Insane asylums in Bengal annual reports 1876-1887 - 1876-1887
Year: 1876
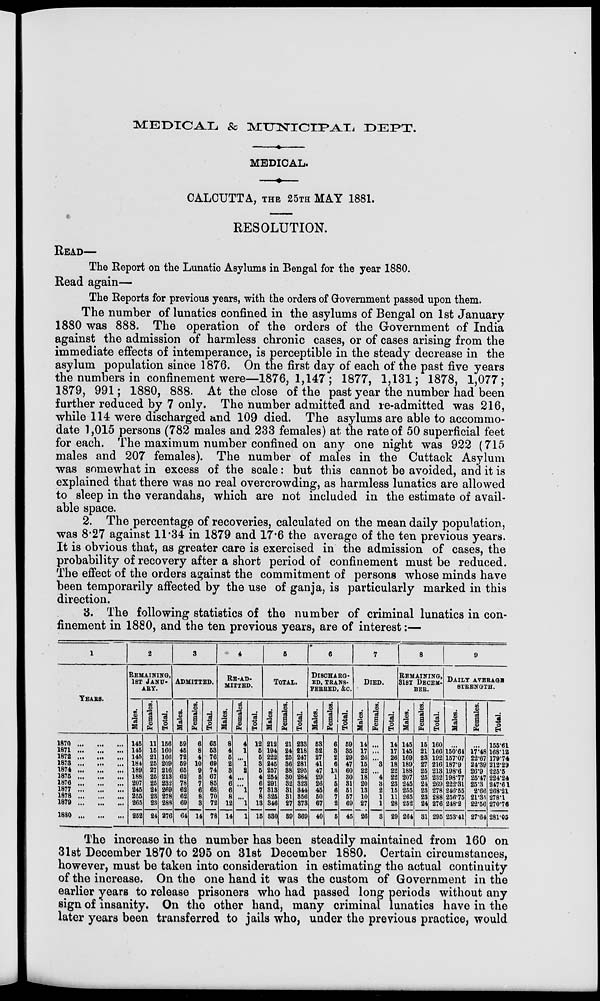
MEDICAL & MUNICIPAL
DEPT.
MEDICAL.
CALCUTTA, THE 25TH MAY 1881.
RESOLUTION.
READ—
The Report on the Lunatic Asylums in Bengal for the year 1880.
Read again—
The Reports for previous years, with the orders of Government passed upon them.
The number of lunatics confined in the asylums of Bengal on 1st January
1880 was 888. The operation of the orders of the Government of India
against the admission of harmless chronic cases, or of cases arising from the
immediate effects of intemperance, is perceptible in the steady decrease in the
asylum population since 1876. On the first day of each of the past five years
the numbers in confinement were—1876, 1,147; 1877, 1,131; 1878, 1,077;
1879, 991; 1880, 888. At the close of the past year the number had been
further reduced by 7 only. The number admitted and re-admitted was 216,
while 114 were discharged and 109 died. The asylums are able to accommo-
date 1,015 persons (782 males and 233 females) at the rate of 50 superficial feet
for each. The maximum number confined on any one night was 922 (715
males and 207 females). The number of males in the Cuttack Asylum
was somewhat in excess of the scale: but this cannot be avoided, and it is
explained that there was no real overcrowding, as harmless lunatics are allowed
to sleep in the verandahs, which are not included in the estimate of avail-
able space.
2. The percentage of recoveries, calculated on the mean daily population,
was 8.27 against 11.34 in 1879 and 17.6 the average of the ten previous years.
It is obvious that, as greater care is exercised in the admission of cases, the
probability of recovery after a short period of confinement must be reduced.
The effect of the orders against the commitment of persons whose minds have
been temporarily affected by the use of ganja, is particularly marked in this
direction.
3. The following statistics of the number of criminal lunatics in con-
finement in 1880, and the ten previous years, are of interest:—
1
YEARS.
1870... ... ...
1871 ...
...
...
1872 ...
...
...
1873...
...
...
1874...
...
...
1875...
...
...
1876...
...
...
1877...
...
...
1878 ... ... ...
1879...
...
...
1880...
...
...
2
REMAINING
1ST JANU-
---.
Males.
145
145
145
184
189
188
207
245
255
265
252
Females.
11
15
21
25
27
25
25
24
23
23
24
Total.
156
160
166
209
216
213
232
269
278
288
276
3
ADMITTED.
Males.
59
45
72
59
65
62
78
62
62
69
64
Females.
6
8
4
10
9
5
7
6
8
3
14
Total.
65
53
76
69
74
67
85
68
70
72
78
4
RE-AD¬
MITTED.
Males.
8
4
5
2
3
4
6
6
8
12
14
Females.
4
1
...
1
2
...
...
1
...
1
1
Total.
12
5
5
3
5
4
6
7
8
13
15
5
TOTAL.
Males.
212
194
222
245
257
254
291
313
325
346
330
Females.
21
24
25
36
38
30
32
31
31
27
39
Total.
233
218
247
281
295
284
323
344
356
373
369
6
DISCHARG-
--, TRANS-
FERRED, &c.
Males.
53
32
27
41
47
29
26
45
50
67
40
Females.
6
3
2
6
13
1
5
6
7
2
5
Total.
59
35
29
47
60
30
31
51
57
69
45
7
DIED.
Males.
14
17
26
15
22
18
20
13
10
27
26
Females.
...
...
...
3
...
4
3
2
1
1
3
Total.
14
17
26
18
22
22
23
15
11
28
29
8
REMAINING,
31ST DECEM-
---.
Males.
145
145
169
189
188
207
245
255
265
252
264
Females.
15
21
23
27
25
25
24
23
23
24
31
Total.
160
166
192
216
213
232
269
278
288
276
295
9
DAILY AVERAGE
STRENGTH.
Males.
...
150.64
157.07
187.9
198.6
198.77
222.31
246.55
256.75
243.2
253.41
Females.
...
17.48
22.67
24.39
26.9
25.47
25.3
2.66
21.35
22.56
27.64
Total.
155.61
168.12
179.74
212.29
225.5
224.24
247.61
268.21
278.1
270.76
281.05
The increase in the number has been steadily maintained from 160 on
31st December 1870 to 295 on 31st December 1880. Certain circumstances,
however, must be taken into consideration in estimating the actual continuity
of the increase. On the one hand it was the custom of Government in the
earlier years to release prisoners who had passed long periods without any
sign of insanity. On the other hand, many criminal lunatics have in the
later years been transferred to jails who, under the previous practice, would